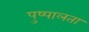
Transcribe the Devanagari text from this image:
पुष्पालता